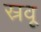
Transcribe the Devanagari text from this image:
स्रवू